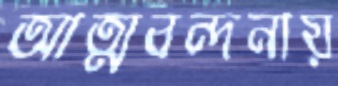
আত্মবন্দনায়